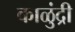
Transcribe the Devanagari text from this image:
काळुंद्री